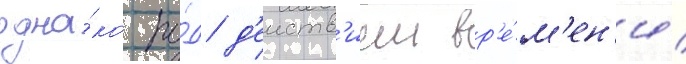
одна́ко по́д д'еиств'ием вр'е́м'ен'и